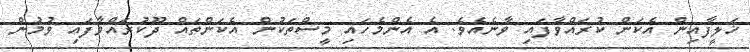
ޚަލީފާއިން އެކަން ކުރައްވާފައި ވާނެއެވެ. އެ އެންމެހައި މީސްތަކުން އެކަންތައް ދޫކުރައްވާފައި ވުމުން